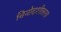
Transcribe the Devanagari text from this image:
विनोदशीलता